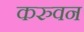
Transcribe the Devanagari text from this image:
करुवन